system: You are a helpful assistant.
user:
Analyze the provided spectrum to determine if it is a **Carbon Star (C-type)**.

- **Key Visual Indicators of Carbon Star:**
    - **(Primary):** Strong molecular absorption from **C₂ (diatomic carbon) "Swan Bands."** This is the **defining feature** of a carbon star.
        - **(Key Bandheads):** Sharp absorption edges are visible at approximately $5635$ Å, $5165$ Å (the strongest band), and $4737$ Å.
        - **(Line Profile):** Creates a distinct **"saw-tooth"** pattern. The key morphology is a sharp, steep bandhead on the **red (long-wavelength) side**, which then gradually tapers off (i.e., flux recovers) towards the **blue (short-wavelength) side**. *(This is the direct opposite of the TiO bands seen in M-type stars)*.

    - **(Secondary):** Intense **CN (cyanogen)** molecular absorption bands.
        - **(Key Bandheads):** Located in the blue and violet regions of the spectrum (e.g., near $4215$ Å and $3883$ Å).
        - **(Morphology):** These bands are extremely broad and act as a "blanket," absorbing the vast majority of blue and violet light. This creates a characteristic **"cliff"** or **"steep drop-off"** in the spectrum's flux at short wavelengths.

    - **(Key Confirmation):** Strong **CH absorption band (G-band)**.
        - **(Key Bandhead):** Located around $4300$ Å. The contribution from CH molecules to this band is exceptionally strong.

    - **(Overall Spectrum):**
        - The continuum is severely "chopped up" by these deep molecular bands, especially C₂, rather than appearing as a smooth curve.
        - Due to the heavy CN and C₂ absorption in the blue-green, the vast majority of the star's flux is concentrated in the red part of the spectrum, giving the star its characteristic deep red color.

Think first, call **spectral_visualization_tool** if needed to examine features in detail, then provide your final answer. Your response must adhere to the following strict rules:
1.  **Overall Structure:** Your response must follow the format `<think>...</think> <tool_call>...</tool_call> (if a tool is used) <answer>...</answer>`.
2.  **Tool Usage Constraint:** You may only make **one** tool call per turn.
3.  **Final Answer Format:** In the `<answer>` tag, your conclusion must be inside a `\boxed{}` command (e.g., `\boxed{YES}`), followed by your justification.

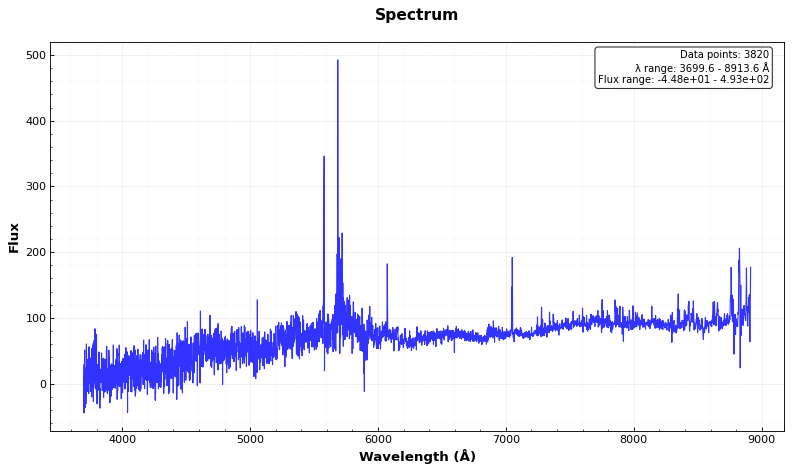
Answer: NO